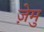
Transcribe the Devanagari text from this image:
ज़ेमु